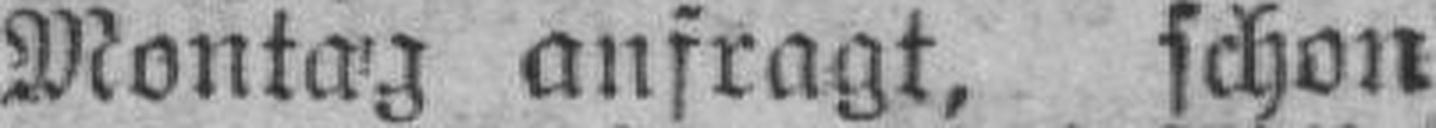
Montag anfragt, schon